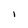
Character: I